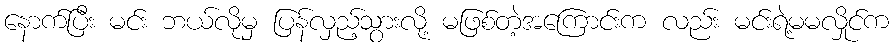
နောက်ပြီး မင်း ဘယ်လိုမှ ပြန်လှည့်သွားလို့ မဖြစ်တဲ့အကြောင်းက လည်း မင်းရဲ့မမလှိုင်က